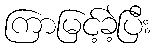
ကြာမြင့်ခဲ့ပြီး